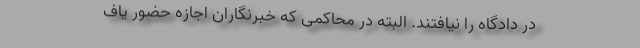
در دادگاه را نیافتند. البته در محاکمی که خبرنگاران اجازه حضور یاف